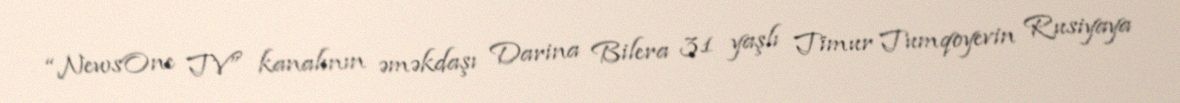
“NewsOne TV” kanalının əməkdaşı Darina Bilera 31 yaşlı Timur Tumqoyevin Rusiyaya